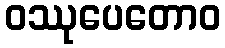
ဝဿုပေတောဝ